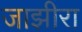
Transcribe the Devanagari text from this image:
जाझीरा